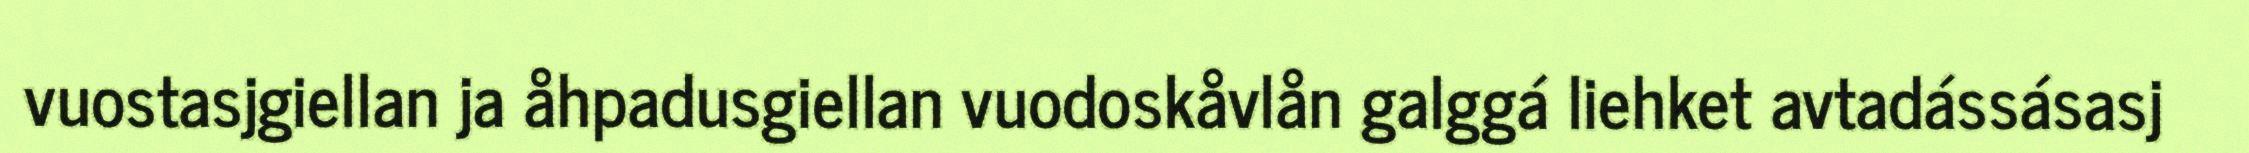
vuostasjgiellan ja åhpadusgiellan vuodoskåvlån galggá liehket avtadássásasj